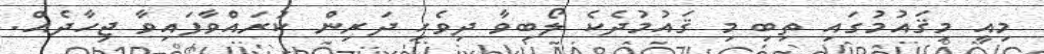
މިއީ މިޤައުމުގައި ތިބި މި ޤައުމުދެކެ ލޯބިވާ ދިވެހި ދަރިން ކުރައްވާފައިވާ ޖިހާދެއް.